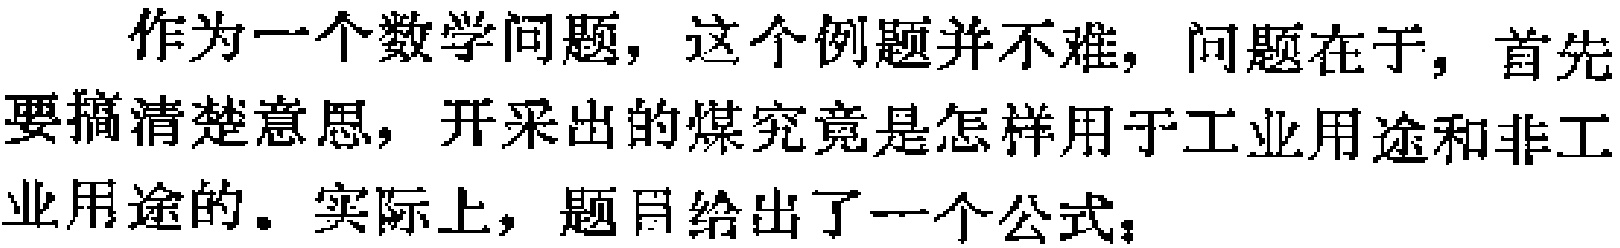
作为一个数学问题，这个例题并不难，问题在于，首先要搞清楚意思，开采出的煤究竟是怎样用于工业用途和非工业用途的。实际上，题目给出了一个公式：